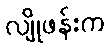
လျိုဖန်းက